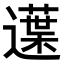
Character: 𨗸